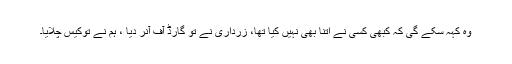
وہ کہہ سکے گی کہ کبھی کسی نے اتنا بھی نہیں کیا تھا، زرداری نے تو گارڈ آف آنر دیا ، ہم نے توکیس چلایا۔